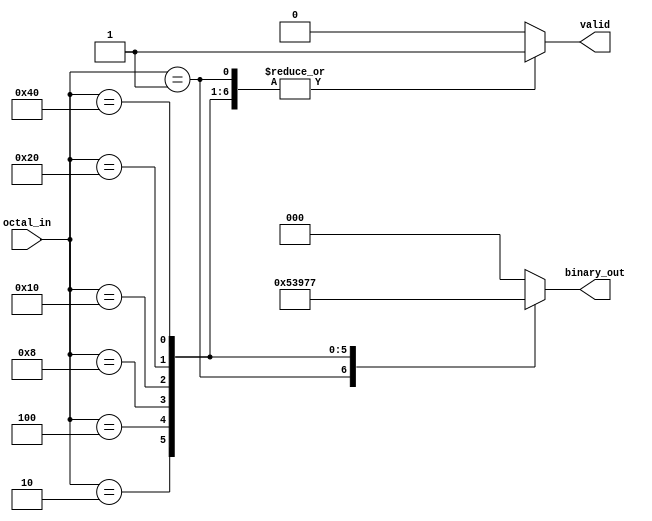
module octal_to_binary_encoder (
    input wire [7:0] octal_in,  // 8-bit input representing octal digits
    output reg [2:0] binary_out, // 3-bit binary output
    output reg valid             // Validity output
);

    always @(*) begin
        // Default values
        binary_out = 3'b000; // Default output for octal 0
        valid = 1'b0;        // Default valid output
        
        case (octal_in)
            8'b00000001: begin binary_out = 3'b001; valid = 1'b1; end // Octal 1
            8'b00000010: begin binary_out = 3'b010; valid = 1'b1; end // Octal 2
            8'b00000100: begin binary_out = 3'b011; valid = 1'b1; end // Octal 3
            8'b00001000: begin binary_out = 3'b100; valid = 1'b1; end // Octal 4
            8'b00010000: begin binary_out = 3'b101; valid = 1'b1; end // Octal 5
            8'b00100000: begin binary_out = 3'b110; valid = 1'b1; end // Octal 6
            8'b01000000: begin binary_out = 3'b111; valid = 1'b1; end // Octal 7
            // Note: octal_in[0] (octal 0) will keep binary_out as 000 and valid as 0.
            default: begin // Handle invalid input condition
                binary_out = 3'b000; // You can define how to handle it
                valid = 1'b0;        // Invalid state
            end
        endcase
    end

endmodule